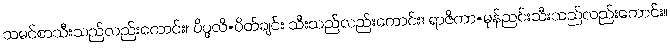
သမင်စာသီးသည်လည်းကောင်း။ ပိပ္ဖလိ=ပိတ်ချင်း သီးသည်လည်းကောင်း။ ရာဇိကာ=မုန်ညင်းသီးသည်လည်းကောင်း။